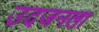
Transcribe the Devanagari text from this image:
उदजनला